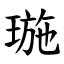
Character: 㻢